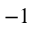
^ { - 1 }